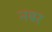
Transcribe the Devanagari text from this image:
नबर